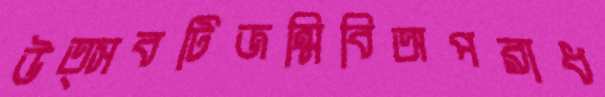
উত্সবটিজন্মিবিঅপরাধ